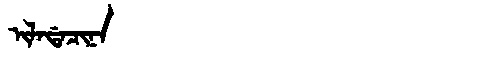
Manchu: ᡳᠯᠠᡩᠠᠴᡳᠨᠠ
Romanization: ILADACINA